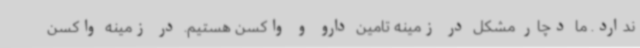
ندارد. ما دچار مشکل در زمینه تامین دارو و واکسن هستیم. در زمینه واکسن